Lunatic asylums Burma 1922-24 - 1922-1924
Year: 1922
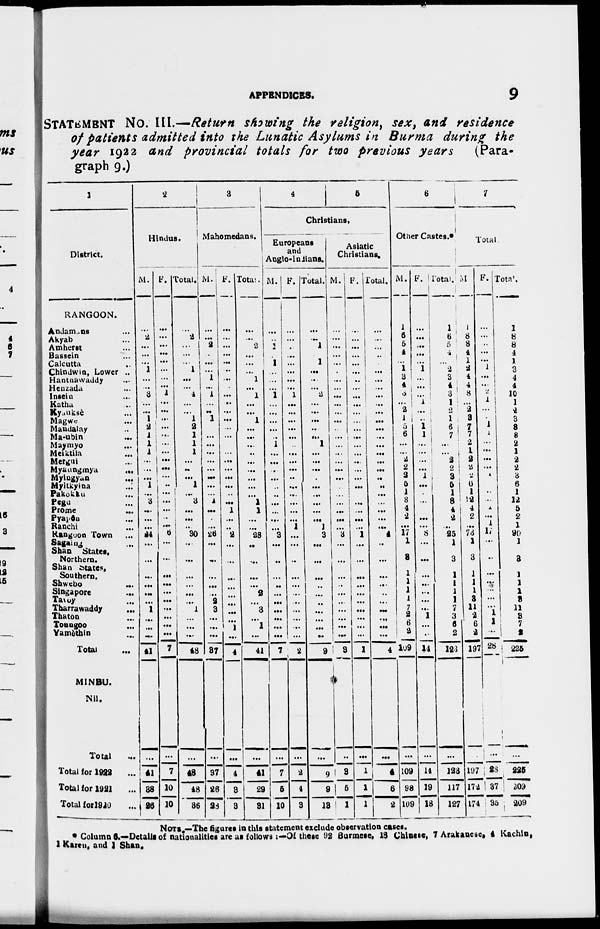
APPENDICES.
9
STATEMENT No. III.—Return showing the religion, sex, and residence
of patients admitted into the Lunatic Asylums in Burma during the
year 1922 and provincial totals for two previous years
(Para-
graph 9.)
1
District.
RANGOON.
Andamans ...
Akyab ...
Amherst ...
Bassein ...
Calcutta ...
Chindwin, Lower ..
Hantnawaddy ...
Henzada ...
Insein ...
Katha ...
Kyauksè ...
Magwe ...
Mandalay ...
Ma-ubin ...
Maymyo ...
Mciktila ...
Mergui ...
Myaungmya
...
Myingyan ...
Myitkyina
...
Pakokku ...
Pegu ...
Prome ...
Pyapôn ...
Ranchi ...
Rangoon Town ...
Sagaing ...
Shan
States,
Northern.
Shan states,
Southern.
Shwebo
...
Singapore ...
Tavoy ...
Tharrawaddy ...
Thaton ...
Toungoo ...
Yamèthin
...
Total ...
MINBU.
Nil.
Total ...
Total for 1922
...
Total for 1921 ...
Total for 1920 ...
2
Hindus.
M.
...
2
...
...
...
1
...
...
3
...
...
1
2
1
1
1
...
...
...
1
...
3
...
...
...
24
...
...
...
...
...
...
1
...
...
...
41
...
41
38
26
F.
...
...
...
...
...
...
...
...
1
...
...
...
...
...
...
...
...
...
...
..
...
...
...
...
...
6
...
...
...
...
...
...
...
...
...
...
7
...
7
10
10
Total.
...
2
...
...
...
1
...
...
4
...
...
1
2
1
1
1
...
...
...
1
...
3
...
...
...
30
...
...
...
...
...
...
1
...
...
...
48
...
48
48
36
3
Mahomedans.
M.
...
...
2
...
...
...
1
...
1
...
...
1
...
...
...
...
...
...
...
...
...
1
...
...
...
26
...
...
...
...
...
2
3
...
...
...
37
...
37
26
28
F.
...
...
...
...
...
..
...
...
...
..
...
...
...
...
...
...
...
...
...
...
..
...
1
...
...
2
...
...
...
...
...
...
...
...
1
...
4
...
4
3
3
Total.
...
...
2
...
...
...
1
...
1
...
...
1
...
...
...
...
...
...
...
...
...
1
1
...
...
28
...
...
...
...
...
2
3
...
1
...
41
...
41
29
31
4
5
Christians.
Europeans
and
Anglo-Indians.
M.
...
...
1
...
1
...
...
...
1
...
...
...
...
...
1
...
...
...
...
...
...
...
...
...
...
3
...
..
...
...
...
...
...
...
...
...
7
...
7
5
10
F.
...
...
...
...
...
...
...
...
1
...
...
...
...
...
...
...
...
...
...
...
...
...
...
...
1
...
...
...
...
...
...
...
...
...
...
...
2
...
2
4
3
Total.
...
...
1
...
1
...
...
...
2
...
...
...
...
...
1
...
...
...
...
...
...
...
...
...
1
3
...
...
...
...
...
...
...
...
...
...
9
...
9
9
13
Asiatic
Christians.
M.
...
...
...
...
...
...
...
...
...
...
...
...
...
...
...
...
...
...
...
...
... ...
...
...
...
3
..
...
...
...
...
...
...
...
...
...
3
...
3
5
1
F.
...
...
...
..
...
...
..
...
...
...
...
...
...
...
...
...
...
...
...
...
...
...
...
...
...
1
...
...
...
...
...
...
...
...
...
...
1
...
1
1
1
Total.
...
...
...
...
...
...
...
...
...
...
...
...
...
...
...
...
...
...
..
...
...
...
...
...
...
4
...
...
...
...
...
...
...
...
...
...
4
...
4
6
2
6
Other Castes.*
M.
1
6
5
4
...
1
3
4
3
...
2
1
5
6
...
...
2
2
2
5
1
8
4
2
...
17
1
3
1
1
1
1
7
2
6
...
109
...
109
98
109
F.
...
...
...
...
..
1
...
...
...
4
...
...
1
1
...
...
...
...
1
...
...
...
...
...
...
8
...
...
...
...
...
...
...
1
...
...
14
...
14
19
18
Total.
1
6
5
4
...
2
3
4
3
4
2
1
6
7
...
...
2
2
3
5
1
8
4
2
...
25
1
3
1
1
1
1
7
3
6
2
123
...
123
117
127
7
Total.
M.
1
8
8
4
1
2
4
4
8
...
2
3
7
7
2
1
2
2 2
6
1
12
4
2
...
73
1
3
1
1
1
3
11
2 6
2
197
...
197
172
174
F.
...
...
...
...
...
1
...
...
2
1
...
...
1
1
...
...
...
...
1
...
...
...
1
...
1
17
...
..
...
...
...
...
... 1
1
...
28
...
28
37
35
Total.
1
8
8
4
1
3
4
4
10
1
2
3
8
8
2
1
2
2
3
6
1
12
5
2
1
90
1
3
1
1
1
3
11
3
7
2
225
...
225
209
209
NOTE.—The figures in this statement exclude observation cases.
* Column 6.—Details of nationalities are as follows :—Of these 92 Burmese, 18 Chinese, 7 Arakanese, 4 Kachin,
1 Karen, and 1 Shan.